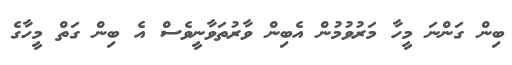
ބިން ގަންނަ މީހާ މަރުވުމުން އެބިން ވާރުތަވާނީވެސް އެ ބިން ގަތް މީހާގެ